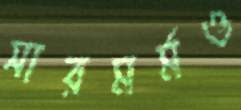
সারমর্মও